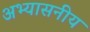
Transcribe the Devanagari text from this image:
अभ्यासनीय